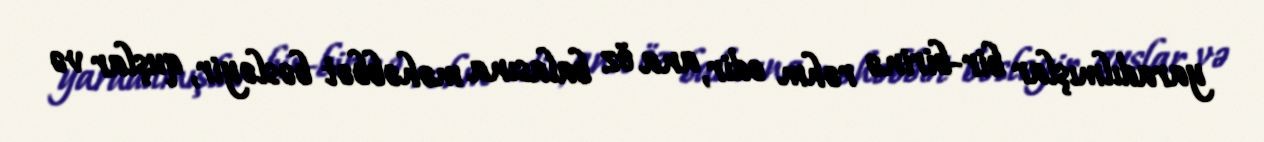
yaradılmışlar bir-birinə rəhm edir, ana öz balasına məhəbbət bəsləyir, quşlar və